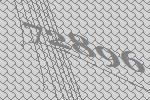
72896